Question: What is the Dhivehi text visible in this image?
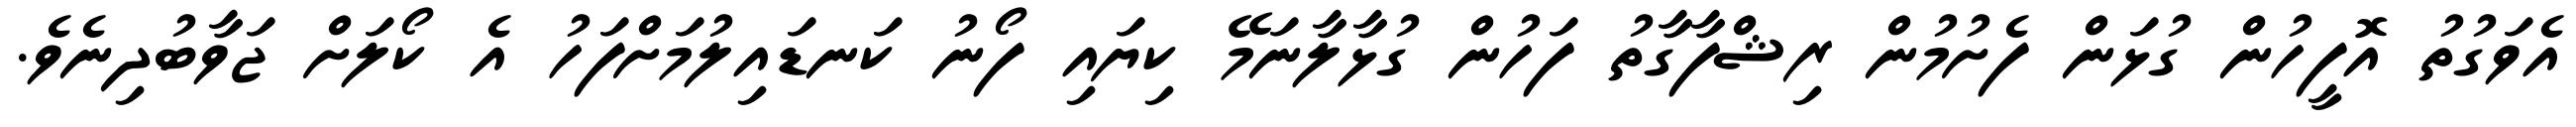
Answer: އެވަގުތު އޮފީހުން ގުޅަން ފެށުމުން ރިޝްފާގާތު ފަހުން ގުޅާލާނަމޭ ކިޔައި ފޯނު ކަނޑައިލުމަށްފަހު އެ ކޯލަށް ޖަވާބުދިނެވެ.